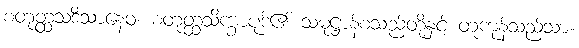
စတုတ္ထသဒိသာနေဝ၊ စတုတ္ထသိက္ခာပုဒ်၏ သမုဋ္ဌာန်စသည်တို့နှင့် တူကုန်သည်သာ။